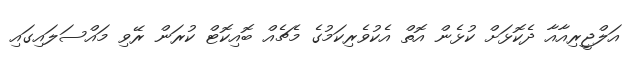
އަލްޖީރިއާއާ ދެކޮޅަށް ކުޅެން އޮތް އެކުވެރިކަމުގެ މެޗެއް ބޮއިކޮޓް ކުރަން ރޭވި މައްސަލައިގައި